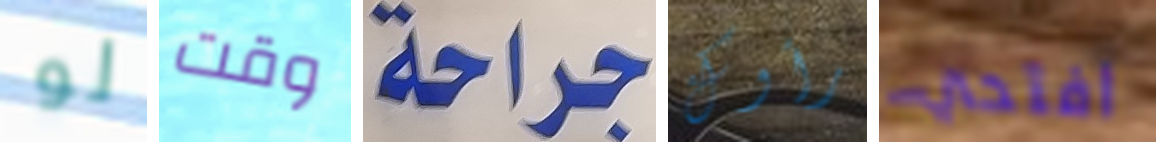
لو وقت جراحة رأوك افتحي